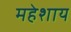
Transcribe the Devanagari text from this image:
महेशाय